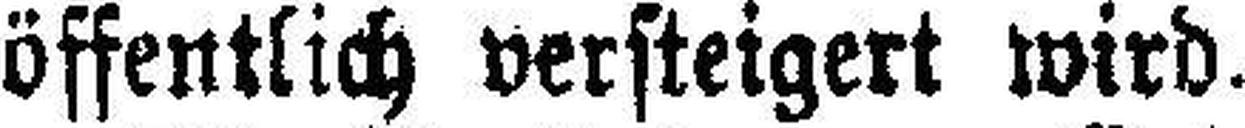
öffentlich versteigert wird.